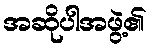
အဆိုပါအဖွဲ့၏